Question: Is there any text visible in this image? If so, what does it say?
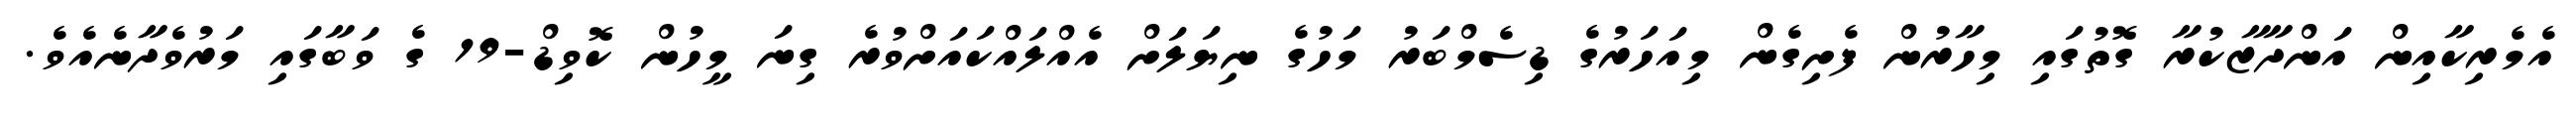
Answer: އެމެރިކާއިން އަންދާޒާކުރާ ގޮތުގައި މިހާރުން ފެށިގެން މިއަހަރުގެ ޑިސެމްބަރު މަހުގެ ނިޔަލަށް އެއްލައްކައަށްވުރެ ގިނަ މީހުން ކޮވިޑް-19 ގެ ވަބާގައި މަރުވެދާނެއެވެ.